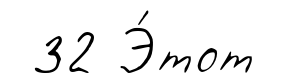
32 Э́тот